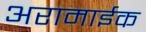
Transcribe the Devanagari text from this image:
अरामाईक